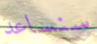
سنساعد